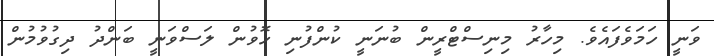
ވަނީ ހަމަވެފައެވެ. މިހާރު މިނިސްޓްރީން ބުނަނީ ކުންފުނި ހޮވުން ލަސްވަނީ ބަންދު ދިގުވުމުން